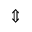
\Updownarrow